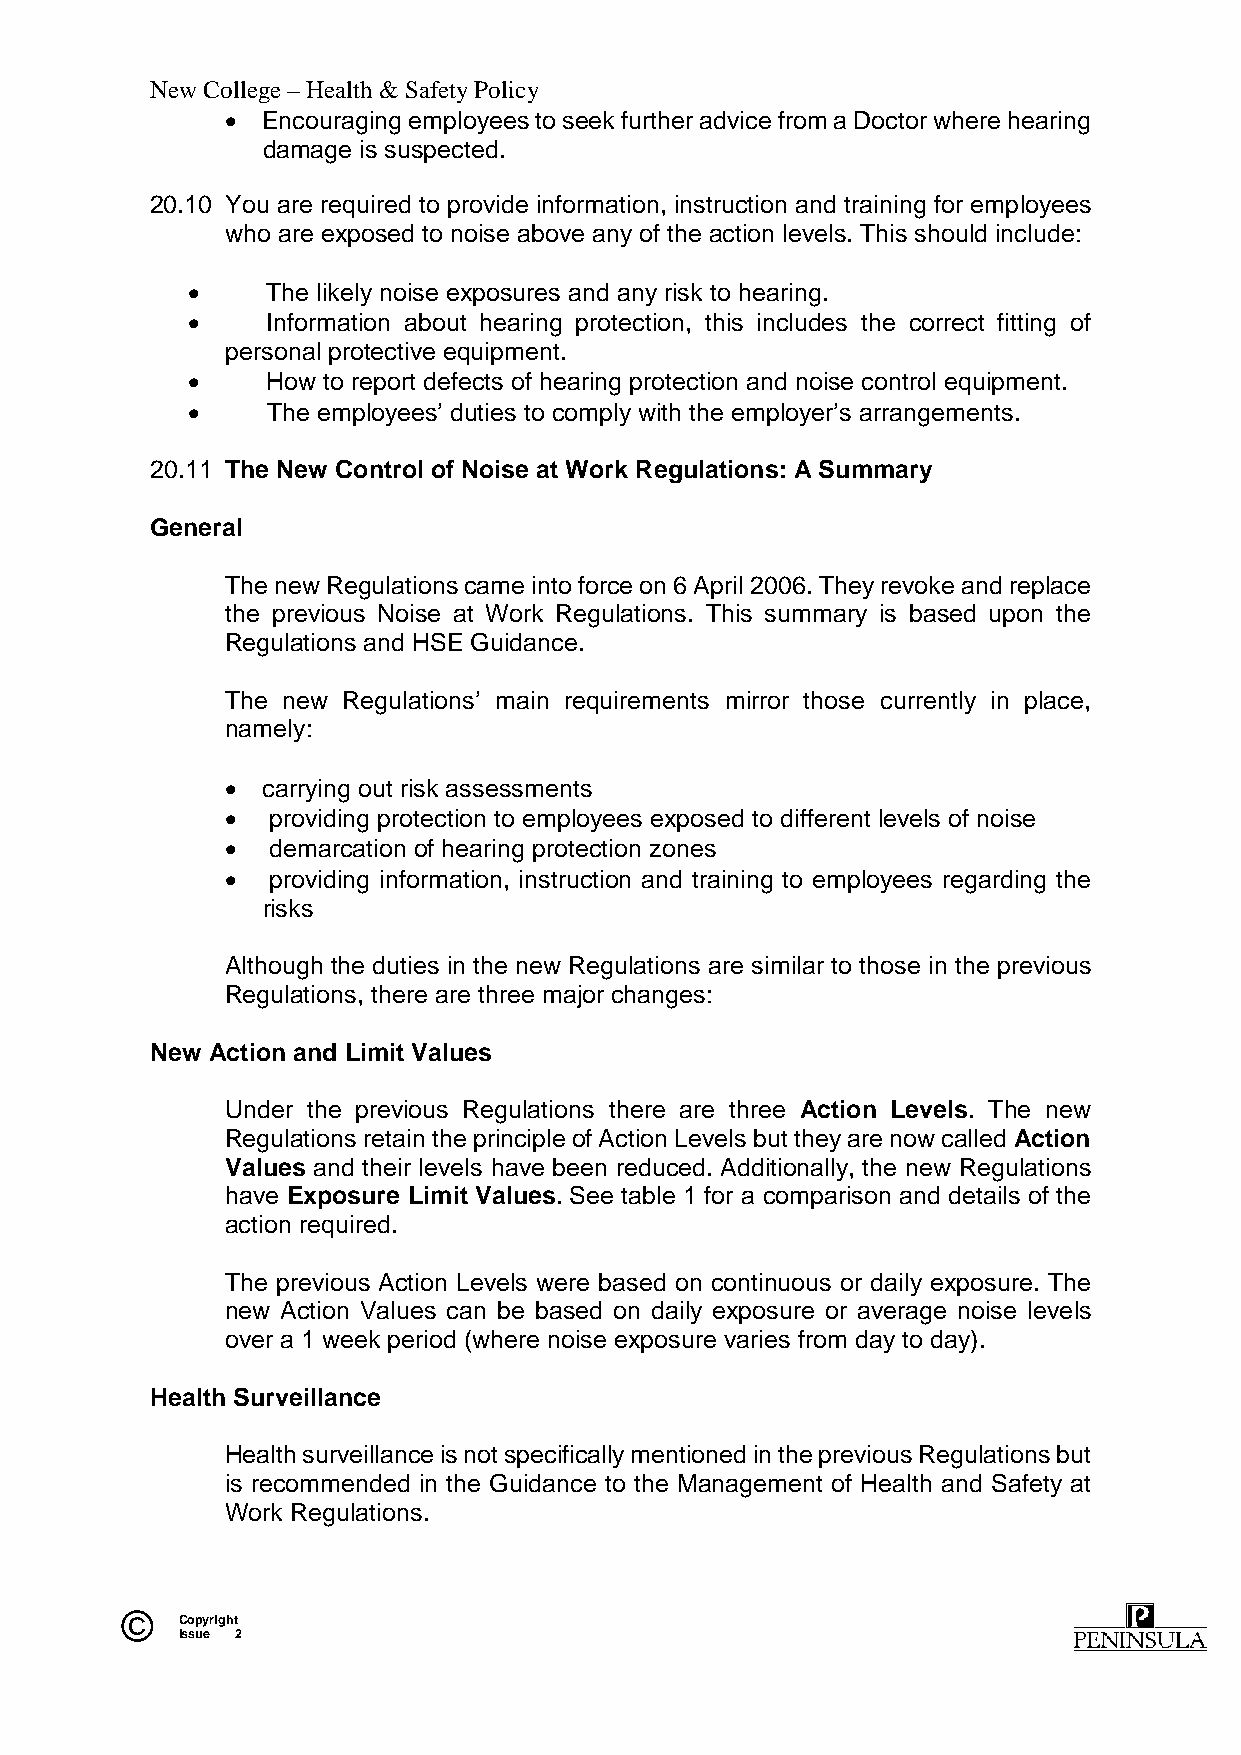
New College – Health & Safety Policy
  Encouraging employees to seek further advice from a Doctor where hearing
 damage is suspected.
 20.10 You are required to provide information, instruction and training for employees
 who are exposed to noise above any of the action levels. This should include:
      The likely noise exposures and any risk to hearing.
      Information about hearing protection, this includes the correct fitting of
 personal protective equipment.
      How to report defects of hearing protection and noise control equipment.
      The employees’ duties to comply with the employer’s arrangements.
 20.11 The New Control of Noise at Work Regulations: A Summary
 General
 The new Regulations came into force on 6 April 2006. They revoke and replace
 the previous Noise at Work Regulations. This summary is based upon the
 Regulations and HSE Guidance.
 The new Regulations’ main requirements mirror those currently in place,
 namely:
  carrying out risk assessments
   providing protection to employees exposed to different levels of noise
   demarcation of hearing protection zones
   providing information, instruction and training to employees regarding the
 risks
 Although the duties in the new Regulations are similar to those in the previous
 Regulations, there are three major changes:
 New Action and Limit Values
 Under the previous Regulations there are three Action Levels. The new
 Regulations retain the principle of Action Levels but they are now called Action
 Values and their levels have been reduced. Additionally, the new Regulations
 have Exposure Limit Values. See table 1 for a comparison and details of the
 action required.
 The previous Action Levels were based on continuous or daily exposure. The
 new Action Values can be based on daily exposure or average noise levels
 over a 1 week period (where noise exposure varies from day to day).
 Health Surveillance
 Health surveillance is not specifically mentioned in the previous Regulations but
 is recommended in the Guidance to the Management of Health and Safety at
 Work Regulations.
 ©   Copyright
 Issue 2